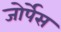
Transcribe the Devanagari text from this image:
जोर्पेस